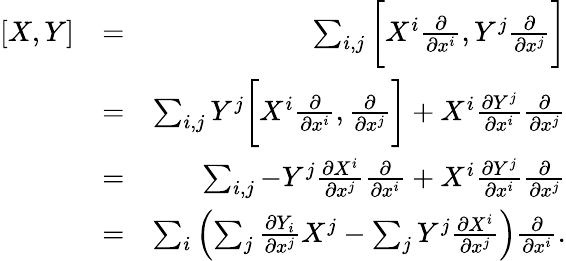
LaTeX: \begin{array}{rlr}{[X,Y]}&{=}&{\sum_{i,j}\bigg[X^{i}\frac{\partial}{\partial x^{i}},Y^{j}\frac{\partial}{\partial x^{j}}\bigg]}\\ &{=}&{\sum_{i,j}Y^{j}\bigg[X^{i}\frac{\partial}{\partial x^{i}},\frac{\partial}{\partial x^{j}}\bigg]+X^{i}\frac{\partial Y^{j}}{\partial x^{i}}\frac{\partial}{\partial x^{j}}}\\ &{=}&{\sum_{i,j}-Y^{j}\frac{\partial X^{i}}{\partial x^{j}}\frac{\partial}{\partial x^{i}}+X^{i}\frac{\partial Y^{j}}{\partial x^{i}}\frac{\partial}{\partial x^{j}}}\\ &{=}&{\sum_{i}\left(\sum_{j}\frac{\partial Y_{i}}{\partial x^{j}}X^{j}-\sum_{j}Y^{j}\frac{\partial X^{i}}{\partial x^{j}}\right)\frac{\partial}{\partial x^{i}}.}\end{array}